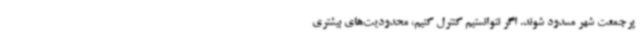
پرجمعت شهر مسدود شوند. اگر نتوانستیم کنترل کنیم، محدودیت‌های بیشتری